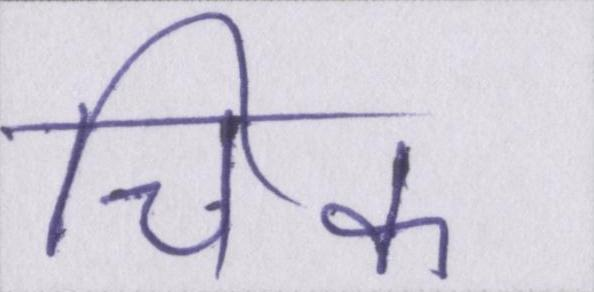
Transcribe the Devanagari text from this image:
चिक